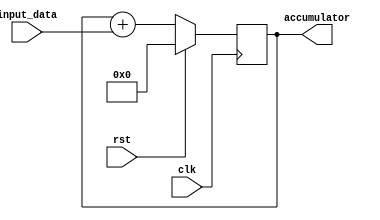
module simple_accumulator(
    input wire clk,
    input wire rst,
    input wire [7:0] input_data,
    output reg [15:0] accumulator
);

always @(posedge clk) begin
    if (rst) begin
        accumulator <= 16'h0000;
    end else begin
        accumulator <= accumulator + input_data;
    end
end

endmodule